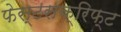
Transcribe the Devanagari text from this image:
फेस्टसक्रिफ्ट